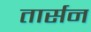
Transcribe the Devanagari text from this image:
तार्सन